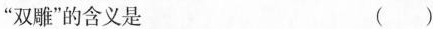
”双雕”的含义是 ()